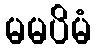
မမပိမံ